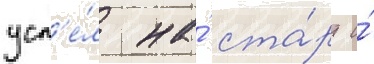
усп'е́л на́ ста́рт и́